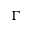
\Gamma